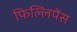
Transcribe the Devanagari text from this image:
फिल्लिपेंस